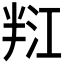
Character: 𭁑